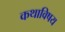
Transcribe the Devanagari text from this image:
कथाविषय